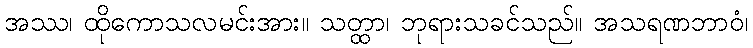
အဿ၊ ထိုကောသလမင်းအား။ သတ္ထာ၊ ဘုရားသခင်သည်။ အသရဏဘာဝံ၊